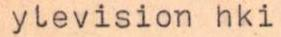
ylevision hki